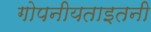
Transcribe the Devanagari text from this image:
गोपनीयताइतनी